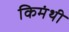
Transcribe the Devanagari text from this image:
किमंथी